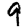
Digit: 9